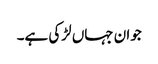
جوان جہاں لڑکی ہے۔